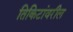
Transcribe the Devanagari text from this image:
तिकिटांवरील